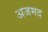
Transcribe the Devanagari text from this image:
अजमद